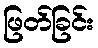
ဖြတ်ခြင်း